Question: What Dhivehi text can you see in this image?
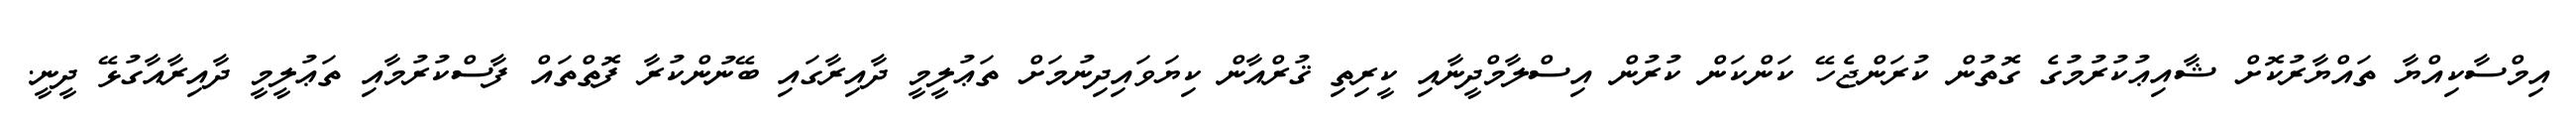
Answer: އިމްސާކިއްޔާ ތައްޔާރުކޮށް ޝާއިޢުކުރުމުގެ ގޮތުން ކުރަންޖެހޭ ކަންކަން ކުރުން އިސްލާމްދީނާއި ކީރިތި ޤުރްއާން ކިޔަވައިދިނުމަށް ތަޢުލީމީ ދާއިރާގައި ބޭނުންކުރާ ފޮތްތައް ފާސްކުރުމާއި ތަޢުލީމީ ދާއިރާއާގުޅޭ ދީނީ.